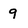
Character: 9